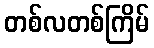
တစ်လတစ်ကြိမ်